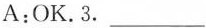
A:OK.3.___